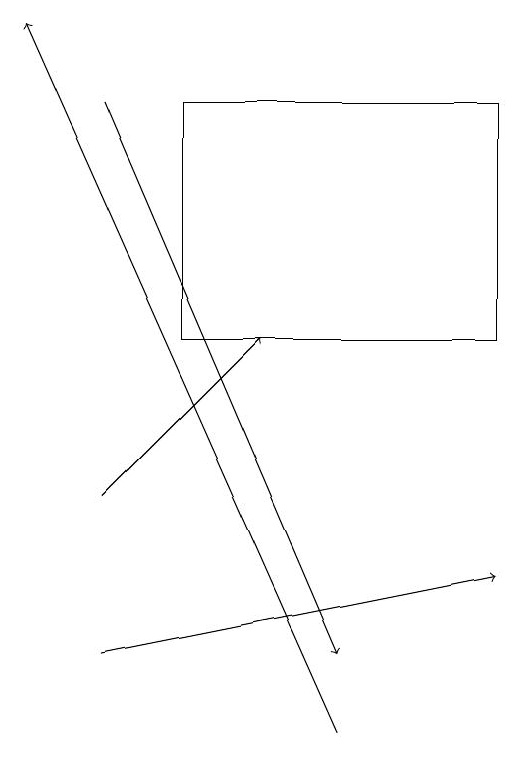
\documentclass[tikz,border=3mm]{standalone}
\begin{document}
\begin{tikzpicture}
\draw[->] (3,18) -- (6,11);
\draw[->] (3,13) -- (5,15);
\draw[->] (3,11) -- (8,12);
\draw[->] (6,10) -- (2,19);
\draw (4,15) rectangle (8,18);
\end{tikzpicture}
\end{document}